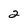
Character: 2